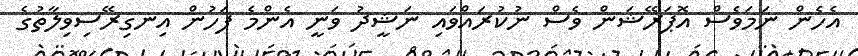
އެހެން ނަމަވެސް އޮޕަރޭޝަން ވެސް ނުކުރައްވައި ނަޝީދު ވަނީ އެންމެ ފަހުން އިނގިރޭސިވިލާތުގެ